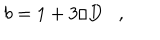
b = 1 + 3 / D \, \, \, \, \, , \, \, \, \, \,